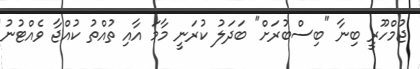
ޖުމްހޫރީ ބިނާ "ބިސްބުރަށް" ބަދަލު ކުރަނީ މާމަ އާއި ތުއްތު ކުއްޖާ ވެއްޓުނު